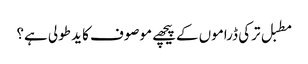
مطبل ترکی ڈراموں کےپیچھے موصوف کا ید طولی ہے؟